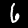
Digit: 6